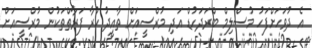
އެ ދުވަހަށްފަހު މުސްލިމް ބްރަދަހުޑް އަދި މުރްސީއަށް ތާއީދު ކުރާ ފަރާތްތަކުން މުރްސީއަށް